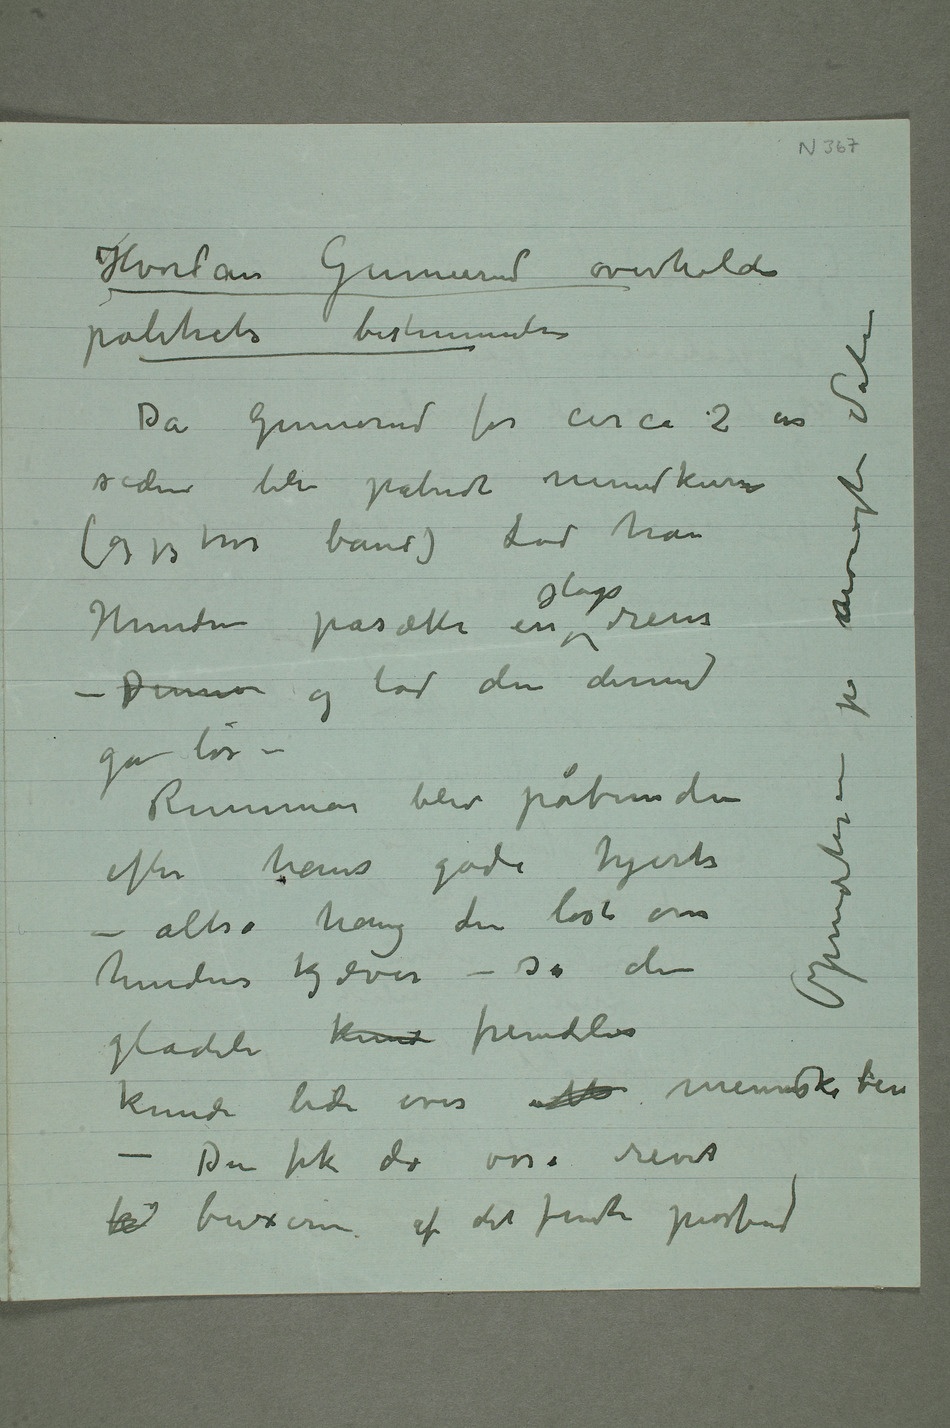
Hvordan Gunnerud overholder
politiets bestemmelser
(og jeg tror bånd) lod han
Hunden påsætte en slags rem
løs –
– altså hang den løst om
gladeli kunde fremdeles
kunde bide over alle menneskeben
– Den fik da osså revet
k buxerne af det femte postbud